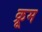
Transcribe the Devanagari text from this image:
क्रूम